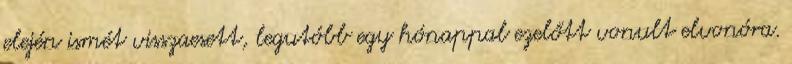
elején ismét visszaesett, legutóbb egy hónappal ezelőtt vonult elvonóra.